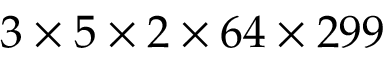
3 \times 5 \times 2 \times 6 4 \times 2 9 9